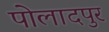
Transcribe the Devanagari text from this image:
पोलादपुर